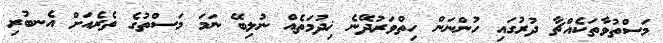
މަސްތުވާތަކެއްޗާ ދުރުގައި ހުންނަން ހިތްވަރުދޭނެ ޚިދުމަތެއް ނުލިބޭ ނަމަ މަސްތުގެ ތެރެއަށް އެނބުރި